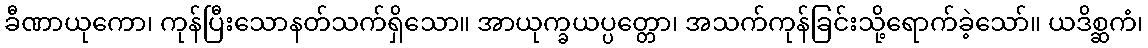
ခီဏာယုကော၊ ကုန်ပြီးသောနတ်သက်ရှိသော။ အာယုက္ခယပ္ပတ္တော၊ အသက်ကုန်ခြင်းသို့ရောက်ခဲ့သော်။ ယဒိစ္ဆကံ၊